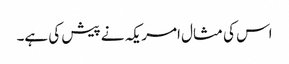
اس کی مثال امریکہ نے پیش کی ہے۔